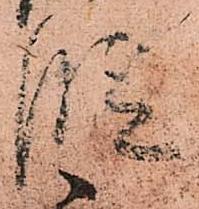
段